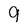
Character: 9